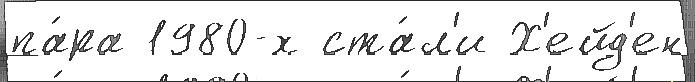
па́ра 1980-х ста́л'и Х'ейд'ен